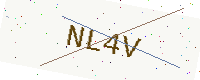
Text: NL4V